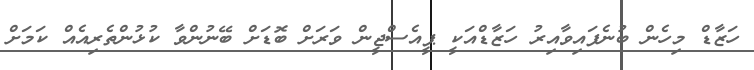
ހަޒާޑް މިހެން ބުނެފައިވާއިރު ހަޒާޑްއަކީ ޕީއެސްޖީން ވަރަށް ބޮޑަށް ބޭނުންވާ ކުޅުންތެރިއެއް ކަމަށް